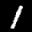
Digit: 1